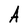
Character: A